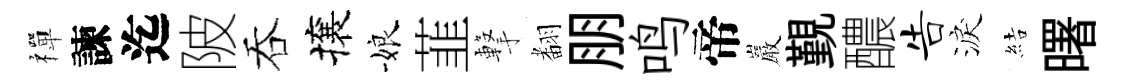
禪諫迄陂吞攘娘韮撃𮋒朋鸣帝巖覲醲告淚結曙